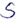
Text: S